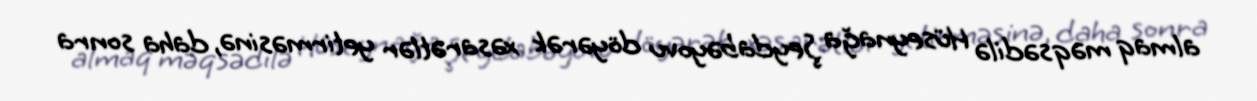
almaq məqsədilə Hüseynağa Şeydabəyovu döyərək xəsarətlər yetirməsinə, daha sonra